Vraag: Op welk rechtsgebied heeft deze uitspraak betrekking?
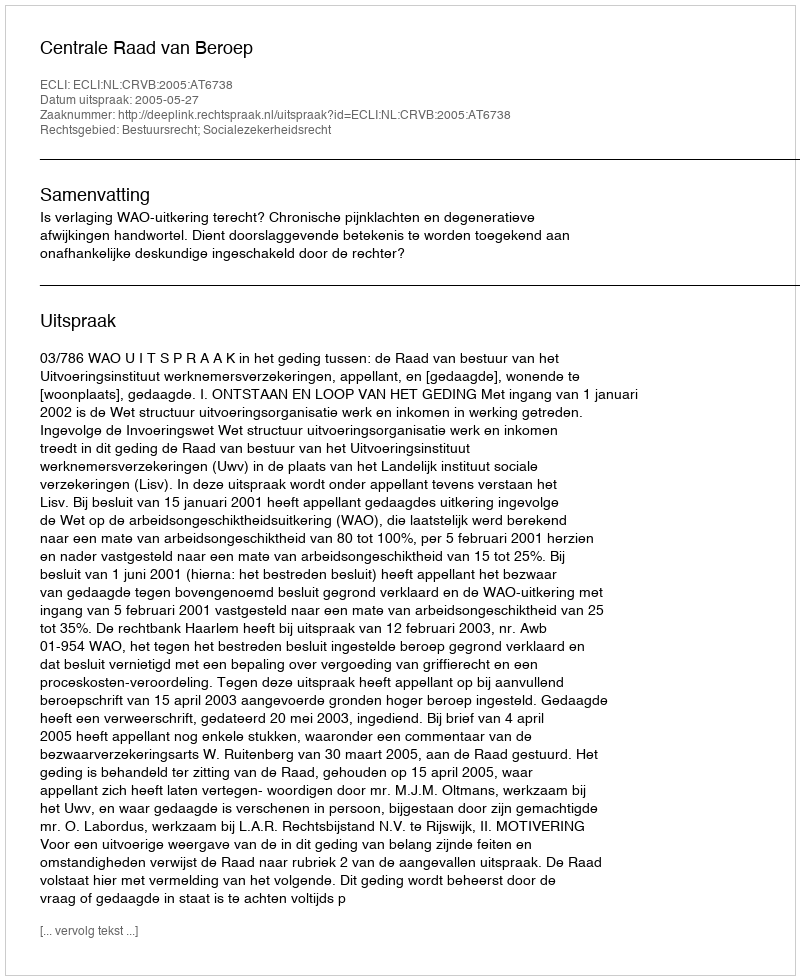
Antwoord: Bestuursrecht; Socialezekerheidsrecht